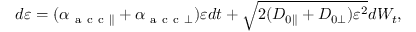
\begin{array} { r } { d \varepsilon = ( \alpha _ { \mathrm { ~ a ~ c ~ c ~ } \parallel } + \alpha _ { \mathrm { ~ a ~ c ~ c ~ } \perp } ) \varepsilon d t + \sqrt { 2 ( D _ { 0 \parallel } + D _ { 0 \perp } ) \varepsilon ^ { 2 } } d W _ { t } , } \end{array}